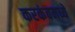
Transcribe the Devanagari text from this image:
करकंबमध्ये